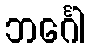
ဘင်္ဂေါ